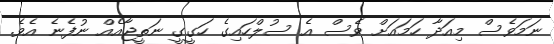
ނަމަވެސް މިއަދާ ހަމައަށް ވެސް އެ ސުލްހައިގެ ހަގީގީ ނަތީޖާއެއް ނުފެނެ އެވެ.